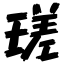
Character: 瑳